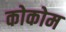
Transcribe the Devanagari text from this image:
कोकोम